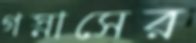
গস্নাসের